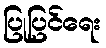
ပြုပြင်ရေး